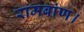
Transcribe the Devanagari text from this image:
रामबांण।